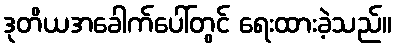
ဒုတိယအခေါက်ပေါ်တွင် ရေးထားခဲ့သည်။